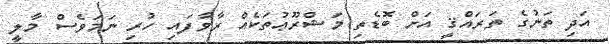
އަދި ތަނުގެ ތަރައްޤީ އަށް ބޮޑެތި މަޝްރޫޢުތަކެއް ރާވާފައި ހުރި ނަމަވެސް މާލީ